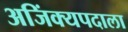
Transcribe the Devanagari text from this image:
अजिंक्यपदाला